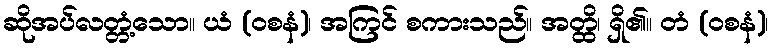
ဆိုအပ်လတ္တံ့သော။ ယံ (ဝစနံ)၊ အကြင် စကားသည်။ အတ္ထိ၊ ရှိ၏။ တံ (ဝစနံ)၊